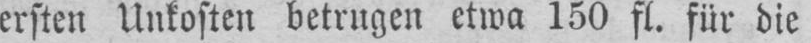
ersten Unkosten betrugen etwa 150 fl. für die